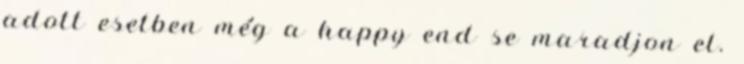
adott esetben még a happy end se maradjon el.